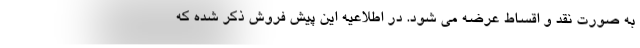
به صورت نقد و اقساط عرضه می شود. در اطلاعیه این پیش فروش ذکر شده که